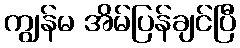
ကျွန်မ အိမ်ပြန်ချင်ပြီ